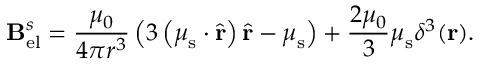
\mathbf { B } _ { \mathrm { e l } } ^ { s } = { \frac { \mu _ { 0 } } { 4 \pi r ^ { 3 } } } \left( 3 \left( { \boldsymbol { \mu } } _ { \mathrm { s } } \cdot { \hat { \mathbf { r } } } \right) { \hat { \mathbf { r } } } - { \boldsymbol { \mu } } _ { \mathrm { s } } \right) + { \frac { 2 \mu _ { 0 } } { 3 } } { \boldsymbol { \mu } } _ { \mathrm { s } } \delta ^ { 3 } ( \mathbf { r } ) .